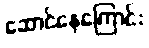
ဆောင်နေကြောင်း